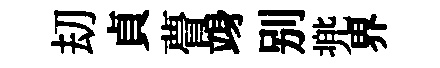
刧貞瞢竧别兠界